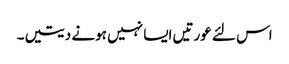
اس لئے عورتیں ایسا نہیں ہونے دیتیں۔